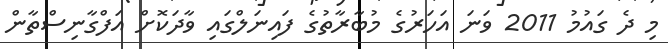
މި ދެ ގައުމު 2011 ވަނަ އަހަރުގެ މުބާރާތުގެ ފައިނަލްގައި ވާދަކޮށް އަފްގާނިސްތާން